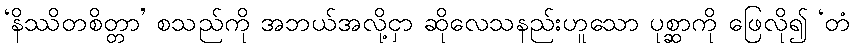
‘နိဿိတစိတ္တာ’ စသည်ကို အဘယ်အလို့ငှာ ဆိုလေသနည်းဟူသော ပုစ္ဆာကို ဖြေလို၍ ‘တံ